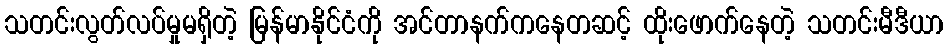
သတင်းလွတ်လပ်မှုမရှိတဲ့ မြန်မာနိုင်ငံကို အင်တာနက်ကနေတဆင့် ထိုးဖောက်နေတဲ့ သတင်းမီဒီယာ